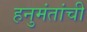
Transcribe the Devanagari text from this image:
हनुमंतांची